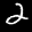
Label: 2